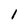
Character: l